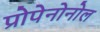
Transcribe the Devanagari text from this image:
प्रोपेनोनोल